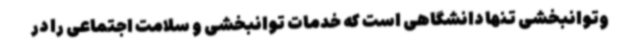
وتوانبخشی تنها دانشگاهی است که خدمات توانبخشی و سلامت اجتماعی را در